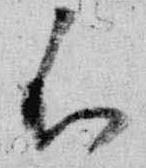
不